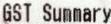
GST SUMMARY